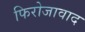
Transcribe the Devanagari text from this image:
फिरोजावाद